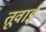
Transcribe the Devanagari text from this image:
तूवाई